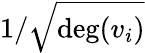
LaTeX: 1/{\sqrt{\deg(v_{i})}}